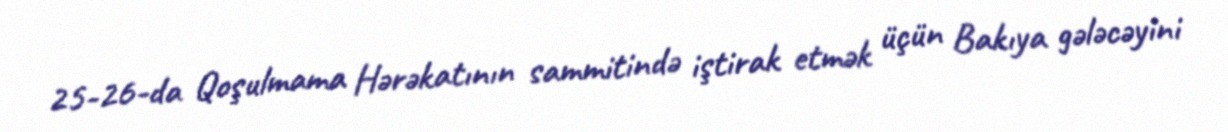
25-26-da Qoşulmama Hərəkatının sammitində iştirak etmək üçün Bakıya gələcəyini